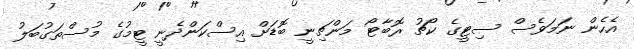
އެހެން ނަމަވެސް ސިޓީގެ ކޯޗު ރޮބާޓޯ މަންޗިނީ ބޮޑަށް އިސްކަންދެނީ ޓީމުގެ މުސްތަގުބަލު